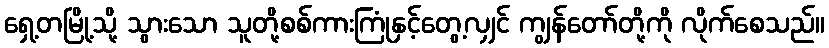
ရှေ့တမြို့သို့ သွားသော သူတို့စစ်ကားကြုံနှင့်တွေ့လျှင် ကျွန်တော်တို့ကို လိုက်စေသည်။